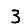
Digit: 3